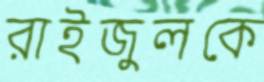
রাইজুলকে